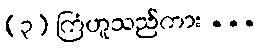
(၃) ကြံဟူသည်ကား ...